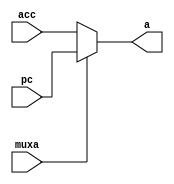
//------------------------------------------------------------------------------
//
// Description: MUX A for the Simple CPU v1
//
// (C) Omkar Kamath, 2022. No part may be reproduced without permission from
//     author.
//------------------------------------------------------------------------------

module mux_a
  (
   muxa,
   acc,
   pc,
   a
   );
   
   input wire            muxa;
   input wire [7:0]       acc;
   input wire [7:0]        pc;
   
   output reg [7:0]         a;
   
   //--------------------------------------------------------------------
   // MUX A main process
   //--------------------------------------------------------------------
   
   always @(*)
     begin
	if (muxa == 1'b0)
	  begin
	     a <= acc;
	  end
	else
	  begin
	     a <= pc;
	  end
     end // always @ (*)
   
endmodule // mux_a